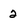
Character: 2